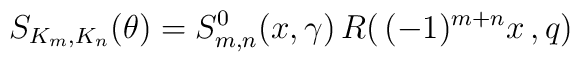
S_{K_m,K_n}(\theta)= S^0_{m,n}(x,\gamma)\, R(\,(-1)^{m+n}x\,,q)\,